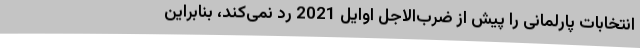
انتخابات پارلمانی را پیش از ضرب‌الاجل اوایل 2021 رد نمی‌کند، بنابراین